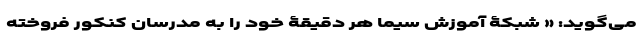
می‌گوید: « شبکۀ آموزش سیما هر دقیقۀ خود را به مدرسان کنکور فروخته